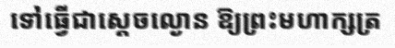
ទៅធ្វើជាស្តេចល្ងោន ឱ្យព្រះមហាក្សត្រ